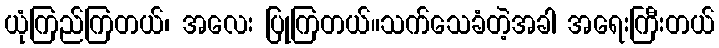
ယုံကြည်ကြတယ်၊ အလေး ပြုကြတယ်။သက်သေခံတဲ့အခါ အရေးကြီးတယ်